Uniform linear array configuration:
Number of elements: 64
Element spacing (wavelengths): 1
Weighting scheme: hann
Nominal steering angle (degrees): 0
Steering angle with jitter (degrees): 0.7811
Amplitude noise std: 0.05
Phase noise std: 0.05

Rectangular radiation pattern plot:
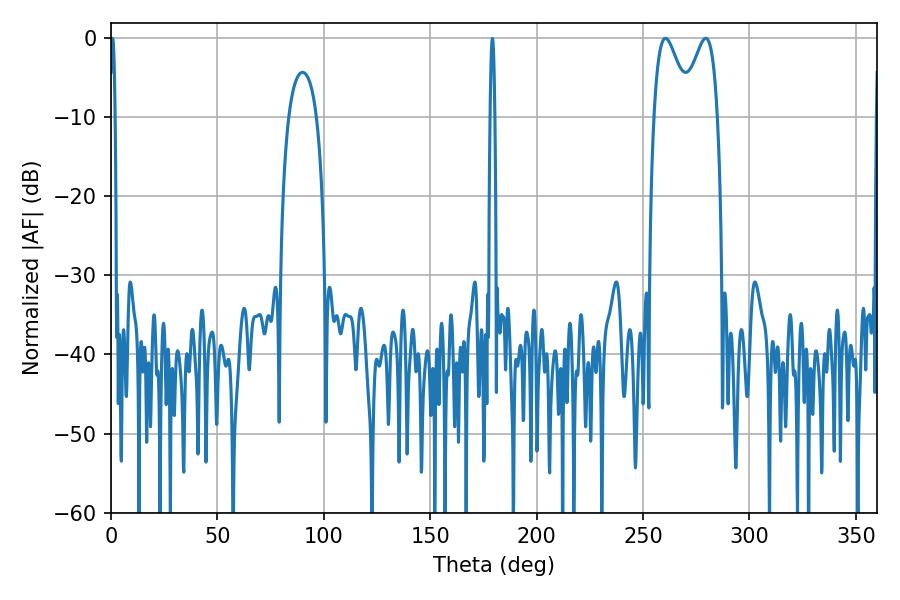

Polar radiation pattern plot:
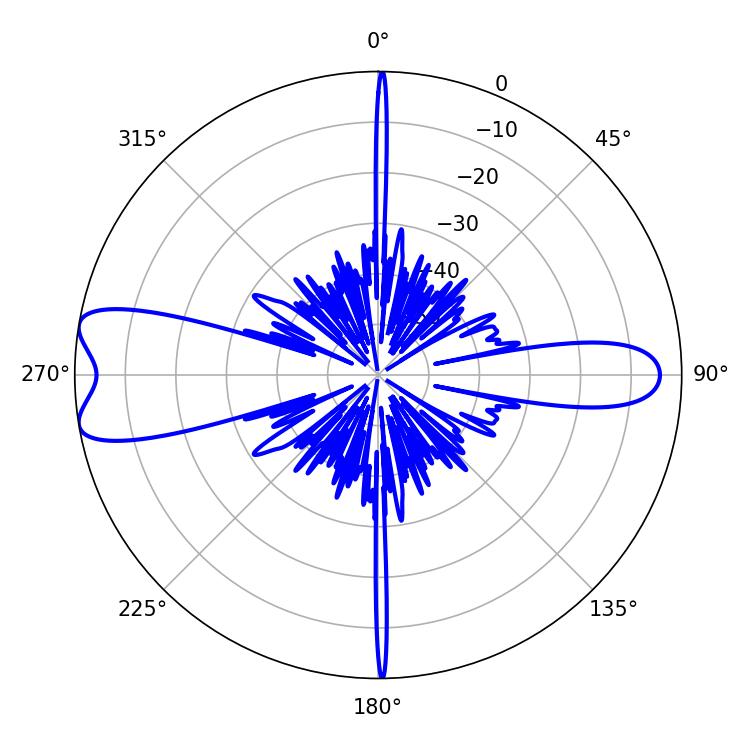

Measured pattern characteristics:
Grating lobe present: TRUE
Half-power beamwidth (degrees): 9
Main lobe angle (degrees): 260.46